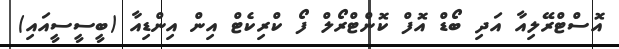
އޮސްޓްރޭލިއާ އަދި ބޯޑް އޮފް ކޮންޓްރޯލް ފޯ ކްރިކެޓް އިން އިންޑިއާ (ބީސީސީއައި)